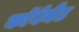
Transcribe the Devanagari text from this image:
काॅवेनैंट